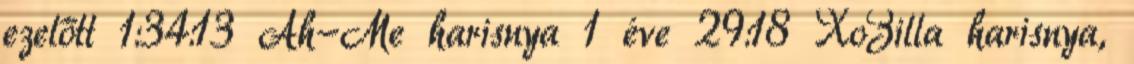
ezelőtt 1:34:13 Ah-Me harisnya 1 éve 29:18 XoZilla harisnya,